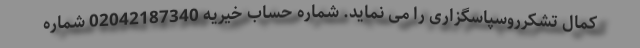
کمال تشکرروسپاسگزاری را می نماید. شماره حساب خیریه 02042187340 شماره